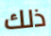
ذلك